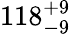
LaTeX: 118_{-9}^{+9}